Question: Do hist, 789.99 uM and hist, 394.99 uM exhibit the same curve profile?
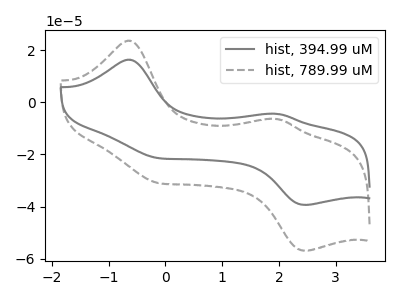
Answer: <think>The gray curve "hist, 394.99 uM" has anodic peaks at (-0.65V, 16.30uA) (1.95V, -4.45uA) and cathodic peaks at (-0.15V, -21.30uA) (2.45V, -39.35uA). The gray dashed curve "hist, 789.99 uM" has anodic peaks at (-0.65V, 23.55uA) (1.95V, -6.40uA) and cathodic peaks at (-0.15V, -30.80uA) (2.45V, -56.90uA).
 All the peaks in "hist, 789.99 uM" have a peak in "hist, 394.99 uM" at the same potential.</think>
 <answer>"hist, 789.99 uM" and "hist, 394.99 uM" are similar in shape.</answer>
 <eval>same_shape</eval>